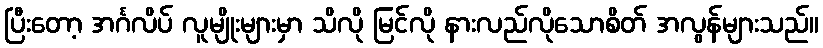
ပြီးတော့ အင်္ဂလိပ် လူမျိုးများမှာ သိလို မြင်လို နားလည်လိုသောစိတ် အလွန်များသည်။